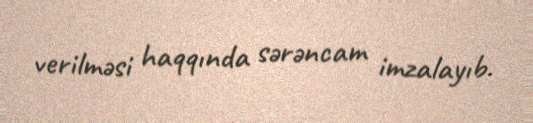
verilməsi haqqında sərəncam imzalayıb.